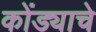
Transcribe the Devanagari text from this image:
कोंड्याचे